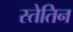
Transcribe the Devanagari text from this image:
स्तेतिन